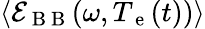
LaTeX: \langle\mathcal{E}_{\mathrm{~B~B~}}(\omega,T_{\mathrm{~e~}}(t))\rangle